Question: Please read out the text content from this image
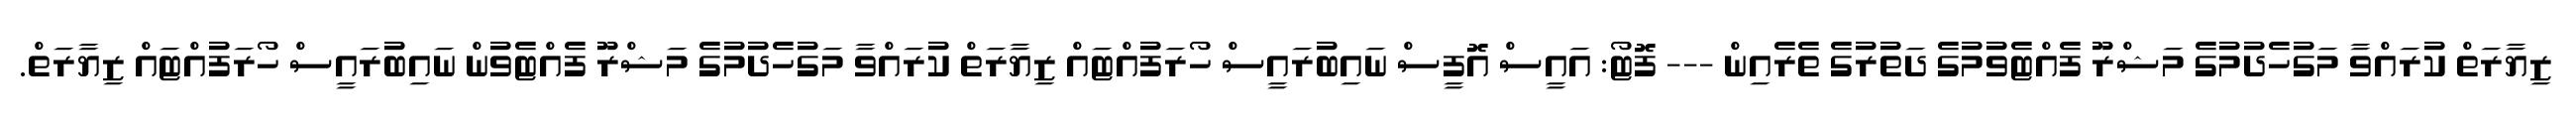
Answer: ޒިޔާރަތް ކުރައްވާ މަގުހެދުމުގެ މަޝްރޫ ފެއްޓެވުމުގެ ދަތުރުގެ ތެރެއިން --- ފޮޓޯ: އައީސް އޮފީސް ނައިބުރައީސް ހޯރަފުއްޓައް ޒިޔާރަތް ކުރައްވާ މަގުހެދުމުގެ މަޝްރޫ ފެއްޓެވުން ނައިބުރައީސް ހޯރަފުއްޓައް ޒިޔާރަތް.